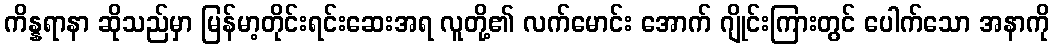
ကိန္နရာနာ ဆိုသည်မှာ မြန်မာ့တိုင်းရင်းဆေးအရ လူတို့၏ လက်မောင်း အောက် ဂျိုင်းကြားတွင် ပေါက်သော အနာကို